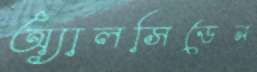
অ্যালসিডেন